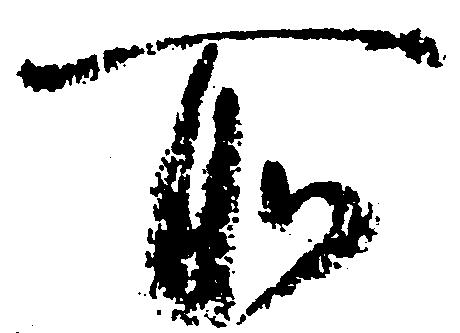
所